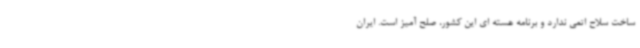
ساخت سلاح اتمی ندارد و برنامه هسته ای این کشور، صلح آمیز است. ایران